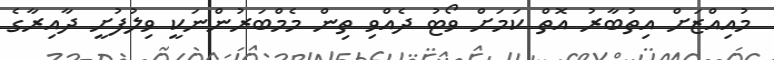
މުއިއްޒަށް އިތުބާރު އޮތް ކަމަށް ވޯޓު ދެއްވި ތިން މެމްބަރުންނަކީ ވިލުފުށީ ދާއިރާގެ